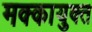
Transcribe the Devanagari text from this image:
मक्कायुक्त